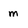
Character: m